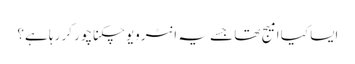
ایسا کیا امیج تھا جسے یہ انٹرویو چکناچور کر رہا ہے؟